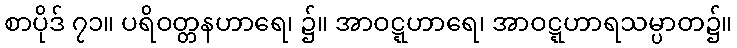
စာပိုဒ် ၇၁။ ပရိဝတ္တနဟာရေ၊ ၌။ အာဝဋ္ဋဟာရေ၊ အာဝဋ္ဋဟာရသမ္ပာတ၌။